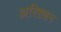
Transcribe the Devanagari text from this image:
अरिष्टबन